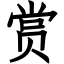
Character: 赏